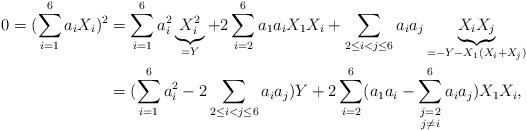
LaTeX: \begin{align*}0=(\sum_{i=1}^6a_iX_i)^2 &= \sum_{i=1}^6a_i^2\underbrace{X_i^2}_{=Y}+2\sum_{i=2}^6a_1a_iX_1X_i+\sum_{2\leq i<j\leq 6}a_ia_j\underbrace{X_iX_j}_{=-Y-X_1(X_i+X_j)} \\&=(\sum_{i=1}^6a_i^2-2\sum_{2\leq i<j\leq 6}a_ia_j)Y+2\sum_{i=2}^6(a_1a_i-\sum_{\substack{j=2\\ j\not=i}}^6a_ia_j)X_1X_i,\end{align*}